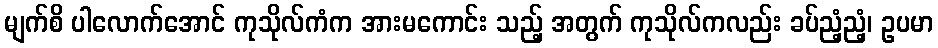
မျက်စိ ပါလောက်အောင် ကုသိုလ်ကံက အားမကောင်း သည့် အတွက် ကုသိုလ်ကလည်း ခပ်ညံ့ညံ့၊ ဥပမာ